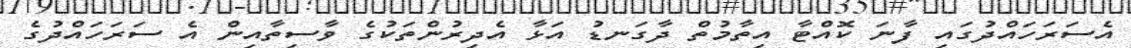
އެސަރަހައްދުގައި ފާނަ ކޮއްޓާ އިތާމުތް ދާގަނޑު އަޅާ އެދިރުންތަކުގެ ވާސިތާއިން އެ ސަރަހައްދުގެ